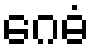
ဂေဓံ